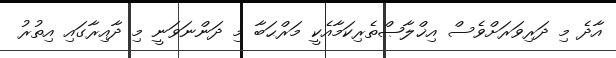
އާދެ މި ދަރިވަރަށްވެސް އިޚްލާޞްތެރިކަމާއެކީ މަރްޙަބާ މި ދަންނަވަނީ މި ދާއިރާގައި އިތުރު